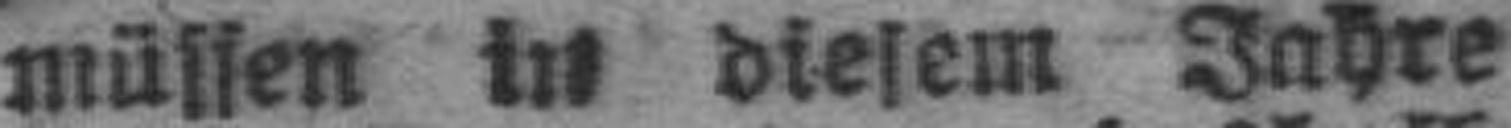
müsfen in diesem Jahre